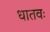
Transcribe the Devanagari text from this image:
धातवः